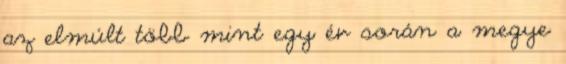
az elmúlt több mint egy év során a megye